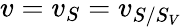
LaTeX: v=v_{S}=v_{S/S_{V}}